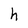
Character: h